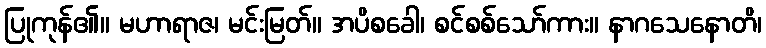
ပြုကုန်၏။ မဟာရာဇ၊ မင်းမြတ်။ အပိစခေါ၊ စင်စစ်သော်ကား။ နာဂသေနောတိ၊